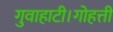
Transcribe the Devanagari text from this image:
गुवाहाटी।गोहत्ती